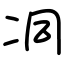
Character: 㓊